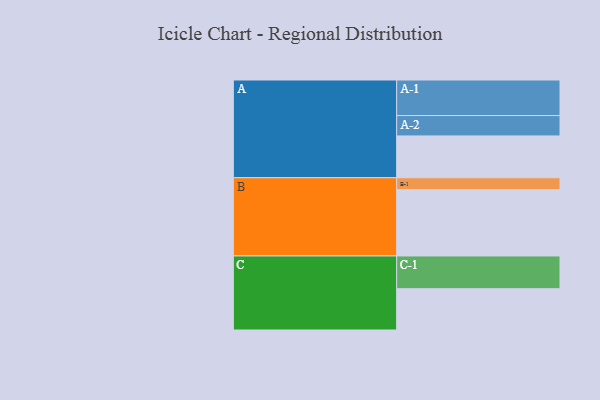
{"axis": {"x": "Segment", "y": "Value"}, "legend": ["", "A", "B", "C"], "data": [{"x": "A", "y": 328, "type": ""}, {"x": "B", "y": 520, "type": ""}, {"x": "C", "y": 324, "type": ""}, {"x": "A-1", "y": 279, "type": "A"}, {"x": "A-2", "y": 160, "type": "A"}, {"x": "B-1", "y": 94, "type": "B"}, {"x": "C-1", "y": 257, "type": "C"}]}